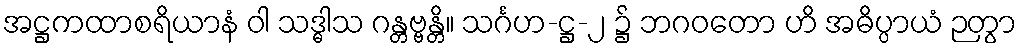
အဋ္ဌကထာစရိယာနံ ဝါ သဒ္ဓါသ ဂန္တဗ္ဗန္တိ။ သင်္ဂဟ-ဋ္ဌ-၂ ၌ ဘဂဝတော ဟိ အဓိပ္ပာယံ ဉတွာ